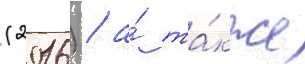
(2016) / а́ та́кже